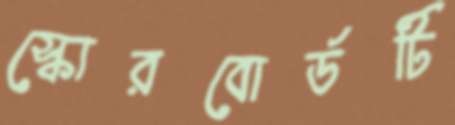
স্কোরবোর্ডটি